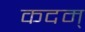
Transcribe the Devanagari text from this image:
कदम्